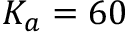
K _ { a } = 6 0